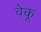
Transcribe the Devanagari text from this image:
वेकू